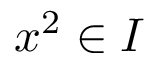
x ^ { 2 } \in I